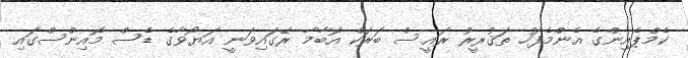
ކެމްޕެއިންގެ އެންމެފަހު ތަޤުރީރު ރައީސް ބަރަކް އޮބާމާ ރޭގައިވަނީ އަޔޯވާގެ ޑެސް މޮއިންސްގައި